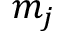
m _ { j }